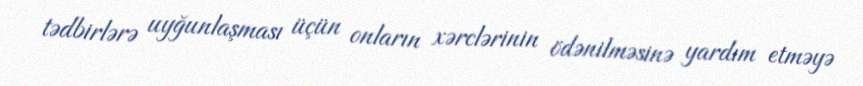
tədbirlərə uyğunlaşması üçün onların xərclərinin ödənilməsinə yardım etməyə